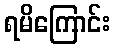
ရမိကြောင်း